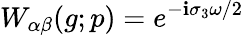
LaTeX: W_{\alpha\beta}(g;p)=e^{-\mathbf{i}\sigma_{3}\omega/2}